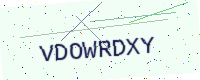
Text: VDOWRDXY